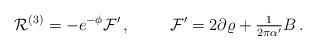
LaTeX: \begin{align*}{\cal R}^{(3)} = -e^{-\phi}{\cal F}^{\prime}\, ,\hspace{1cm}{\cal F}^{\prime} = 2\partial\varrho +{\textstyle\frac{1}{2\pi\alpha^{\prime}}}B\, .\end{align*}